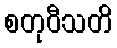
စတုဝီသတိ